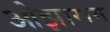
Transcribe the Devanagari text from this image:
ओझाराम